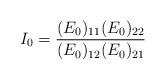
LaTeX: \begin{align*} I_0=\frac{(E_0)_{11}(E_0)_{22}}{(E_0)_{12}(E_0)_{21}}\end{align*}